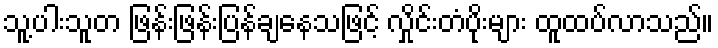
သူ့ပါးသူတ ဖြန်းဖြန်းပြန်ချနေသဖြင့် လှိုင်းတံပိုးများ ထူထပ်လာသည်။